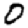
Digit: 0